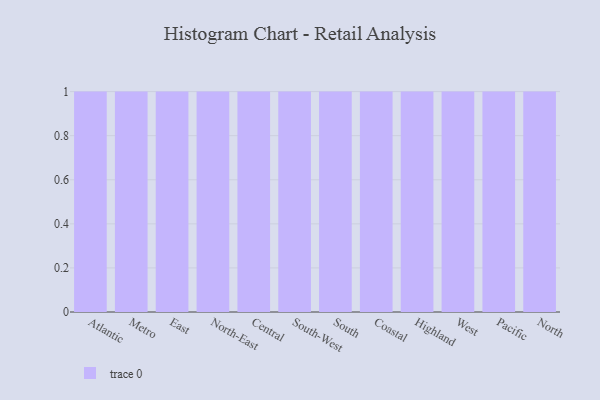
{"axis": {"x": "Region", "y": "Waste Production (Tons)"}, "legend": [""], "data": [{"x": "Atlantic", "y": 9, "type": ""}, {"x": "Metro", "y": 85, "type": ""}, {"x": "East", "y": 23, "type": ""}, {"x": "North-East", "y": 62, "type": ""}, {"x": "Central", "y": 82, "type": ""}, {"x": "South-West", "y": 36, "type": ""}, {"x": "South", "y": 17, "type": ""}, {"x": "Coastal", "y": 60, "type": ""}, {"x": "Highland", "y": 74, "type": ""}, {"x": "West", "y": 18, "type": ""}, {"x": "Pacific", "y": 65, "type": ""}, {"x": "North", "y": 36, "type": ""}]}